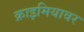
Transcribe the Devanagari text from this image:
क्राइमियावर